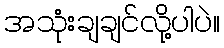
အသုံးချချင်လို့ပါပဲ။